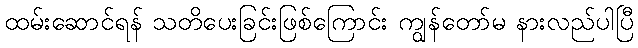
ထမ်းဆောင်ရန် သတိပေးခြင်းဖြစ်ကြောင်း ကျွန်တော်မ နားလည်ပါပြီ